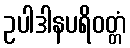
ဥပါဒါနပရိဝတ္တံ